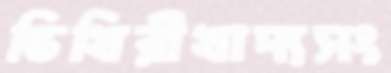
ভিখিরীখাদ্যসং